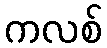
ကလစ်